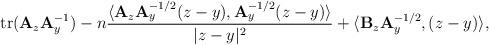
LaTeX: \begin{align*}{\rm tr}({\bf A}_z{\bf A}_y^{-1})-n\frac{\langle {\bf A}_z{\bf A}_y^{-1/2}(z-y),{\bf A}_y^{-1/2}(z-y)\rangle}{|z-y|^2}+\langle {\bf B}_z{\bf A}_y^{-1/2},(z-y)\rangle, \end{align*}